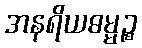
အနရိယဓမ္မဉ္စ